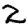
Digit: 2